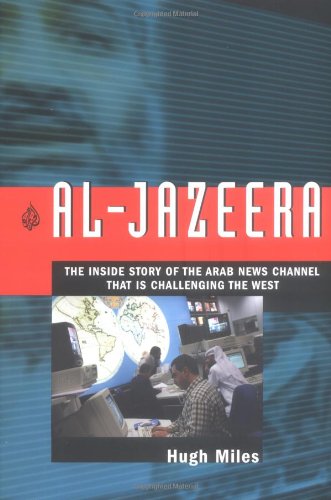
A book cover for Al Jazeera: The Inside Story of the Arab News Channel That is Challenging the West; Hugh Miles; History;